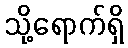
သို့ရောက်ရှိ